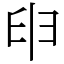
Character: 𦥔